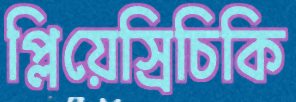
প্লিয়েস্রিচিকি